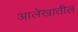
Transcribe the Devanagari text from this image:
आलेखातील